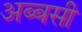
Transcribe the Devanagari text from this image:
अब्बसी